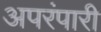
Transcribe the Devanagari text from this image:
अपरंपारी